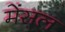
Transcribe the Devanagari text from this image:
मेंसल